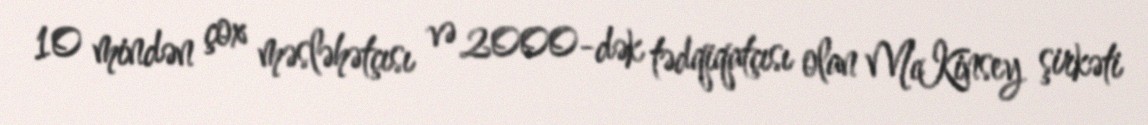
10 mindən çox məsləhətçısı və 2000-dək tədqiqatçısı olan McKinsey şirkəti